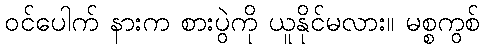
ဝင်ပေါက် နားက စားပွဲကို ယူနိုင်မလား။ မစ္စကွစ်